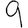
Digit: 9